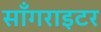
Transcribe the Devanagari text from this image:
साँगराइटर